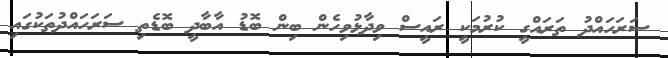
ސަރަހައްދު ތަރައްގީ ކުރުމަކީ ރައީސް ވިދާޅުވިހެން ބިން ބޮޑު އާބާދީ ބޮޑެތި ސަރަހައްދުތަކުގައި